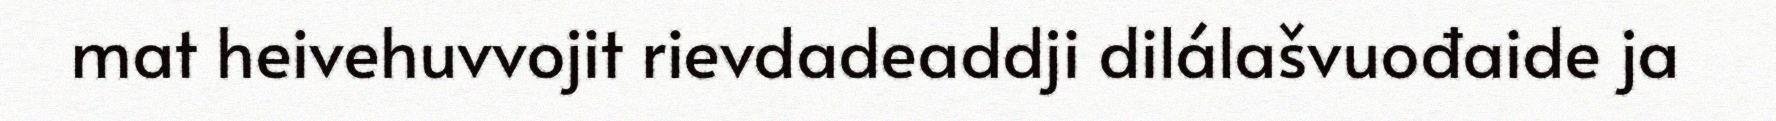
mat heivehuvvojit rievdadeaddji dilálašvuođaide ja